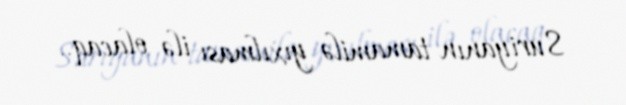
Suriyanın tamamilə yıxılması ilə olacaq..